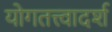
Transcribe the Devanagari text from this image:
योगतत्त्वादर्श